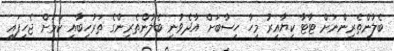
ބެލުންތެރިންނަށް ޓާޓާ ކިޔާއިރު މިހާ ހިސާބަށް އާދެވުނީ ބެލުންތެރިންގެ ތަރުހީބާއި ކަމަށް ޖެހިފައި